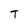
Character: T